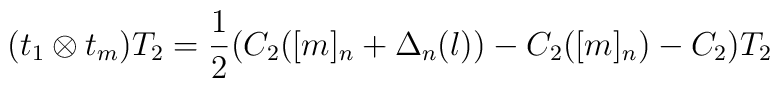
(t_1 \otimes t_{m} )T_2 =\frac{1}{2} (C_2 ([m]_n +\Delta_n (l))-C_2 ([m]_n )-C_2 )T_2